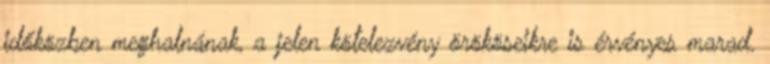
időközben meghalnának, a jelen kötelezvény örököseikre is érvényes marad.